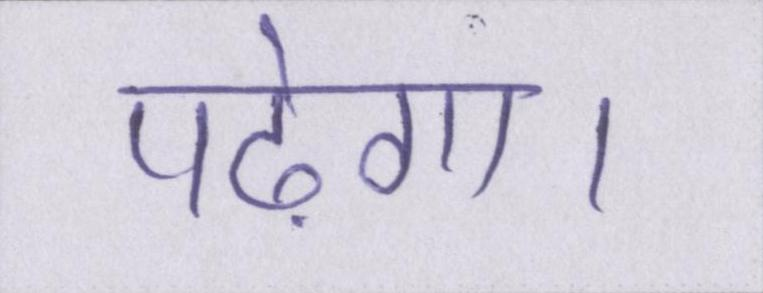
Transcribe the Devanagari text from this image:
पढ़ेगा।